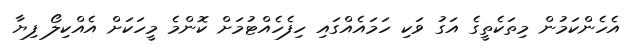
އެހެންކަމުން މިތަކެތީގެ އަގު ވަކި ހަމައެއްގައި ހިފެހެއްޓުމަށް ކޮންމެ މީހަކަށް އެއްކިލޯ ފިޔާ